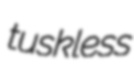
tuskless